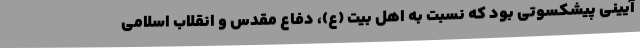
آیینی پیشکسوتی بود که نسبت به اهل بیت (ع)، دفاع مقدس و انقلاب اسلامی